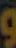
و